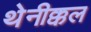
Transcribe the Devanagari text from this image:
थेनीक्कल